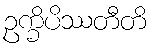
ဥက္ခိပိဿတီတိ